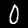
Label: 0